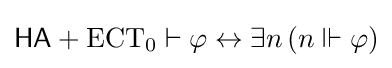
{\mathsf {HA}}+{\mathrm {ECT_{0}} }\vdash \varphi \leftrightarrow \exists n\,(n\Vdash \varphi )